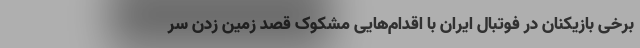
برخی بازیکنان در فوتبال ایران با اقدام‌هایی مشکوک قصد زمین زدن سر